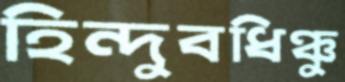
হিন্দুবধিঞ্চু